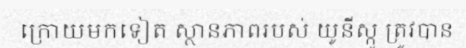
ក្រោយមកទៀត ស្ថានភាពរបស់ យូនីស្កូ ត្រូវបាន